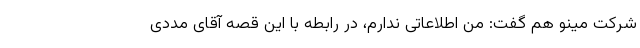
شرکت مینو هم گفت: من اطلاعاتی ندارم، در رابطه با این قصه آقای مددی